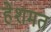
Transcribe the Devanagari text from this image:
हेशमत